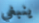
ينبغي